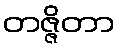
တဇ္ဇိတာ